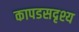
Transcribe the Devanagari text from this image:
कापडसदृश्य